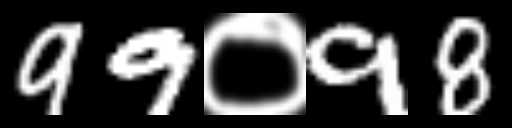
Text: 99०98